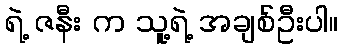
ရဲ့ ဇနီး က သူ့ရဲ့ အချစ်ဦးပါ။